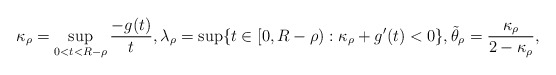
\begin{align*} \kappa_\rho=\sup_{0<t<R-\rho}\frac{-g(t)}{t}, \lambda_\rho =\sup \{t\in [0,R-\rho): \kappa_\rho+g'(t)<0\}, \tilde\theta_\rho=\frac{\kappa_\rho}{2-\kappa_\rho},\end{align*}